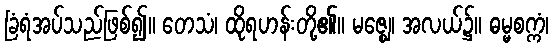
ခြံရံအပ်သည်ဖြစ်၍။ တေသံ၊ ထိုရဟန်းတို့၏။ မဇ္ဈေ၊ အလယ်၌။ ဓမ္မစက္ကံ၊